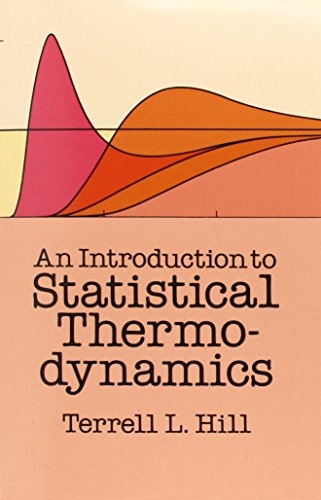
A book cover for An Introduction to Statistical Thermodynamics (Dover Books on Physics); Terrell L. Hill; Science & Math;